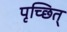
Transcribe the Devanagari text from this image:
पृच्छित्